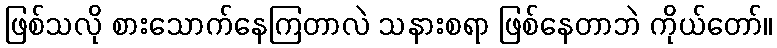
ဖြစ်သလို စားသောက်နေကြတာလဲ သနားစရာ ဖြစ်နေတာဘဲ ကိုယ်တော်။